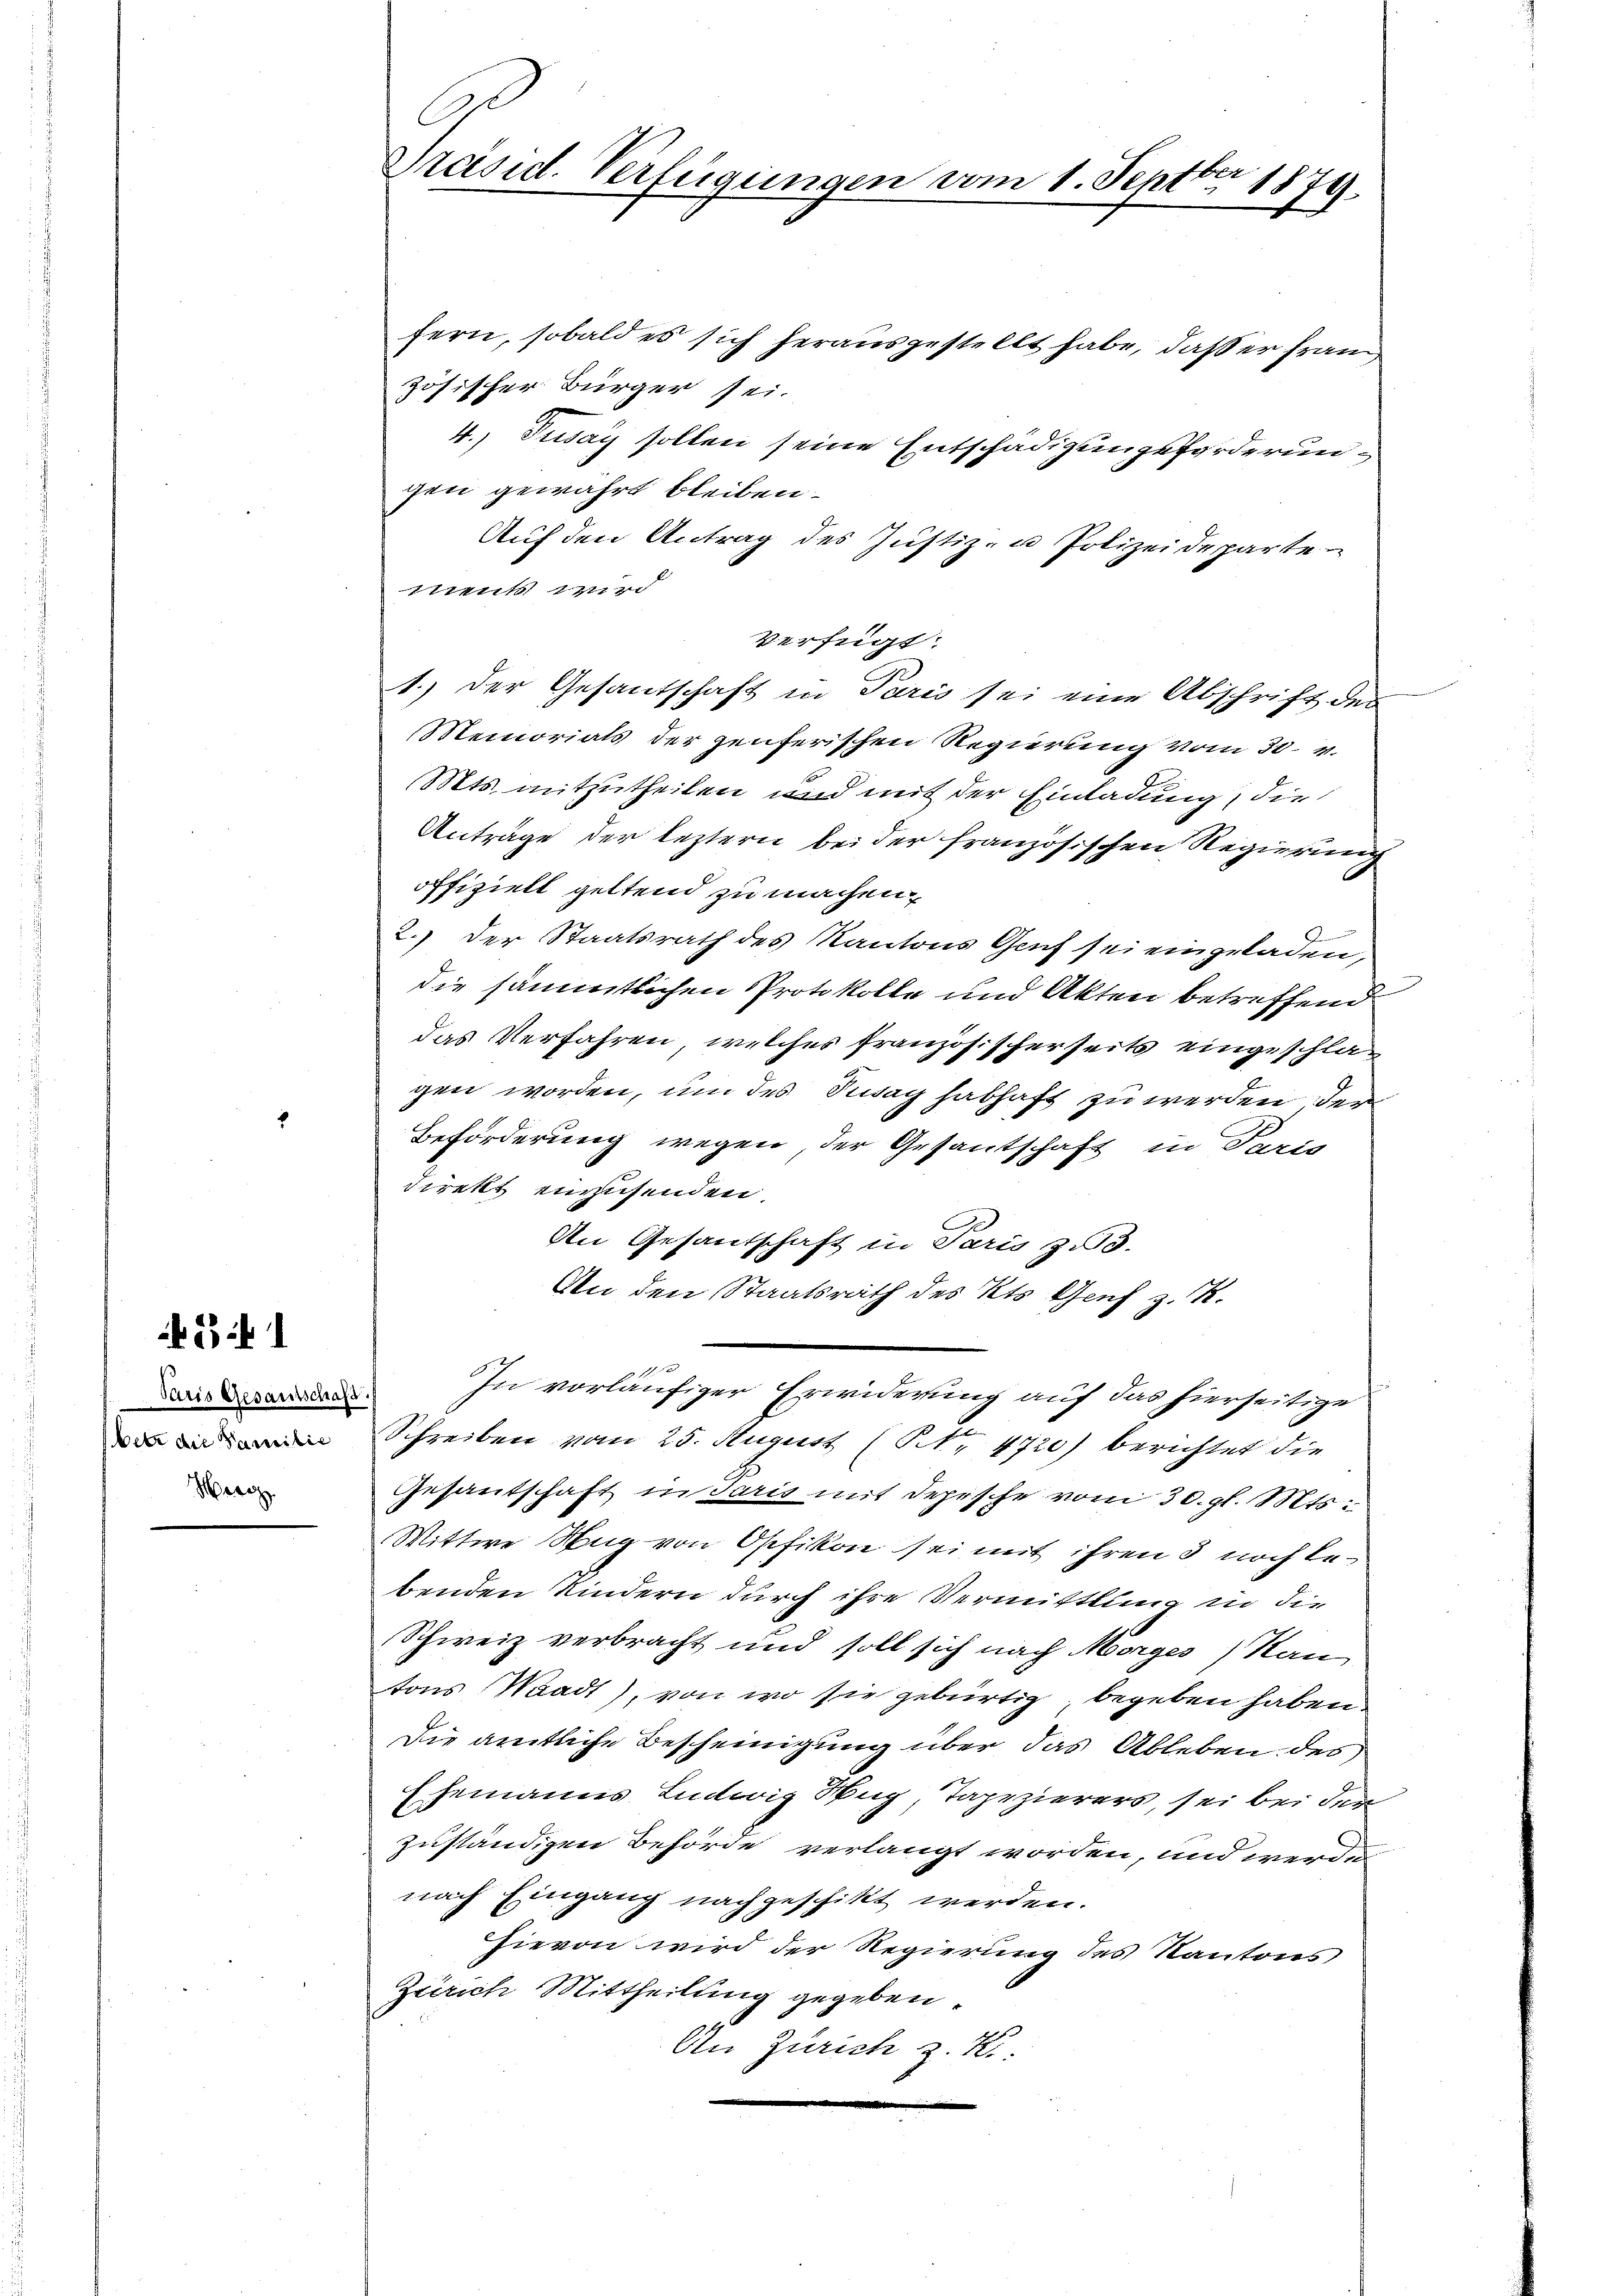
Paris Gesantschaft.
etr die Paritie
Herg

if. 2 f 1

C
Präsid. Verfügungen vom 1. Septbr 1879.

fern, sobald es sich herausgestellt habe, daß er frand
zösischer Bürger sei.
4., Pusay sollen seine Entschädigungeforderungen gewährt bleiben.
Auf den Antrag des Justiz- u Polizeideparte
pist wird
Verfügt:
1.) Der Gesantschaft in Paris sei eine Abschrift der
Memorials der zenferischen Regierung vom 30. v.
Mts. mitzutheilen und mit der Einladung, die
Antrage der leztern bei der französischen Regierung
offiziell geltend zu machen.
2.) Der Staatsrath des Kantons Genf sei eingeladen,
die sämmtlichen Protokolle und Akten betreffend
das Verfahren, welches französischerseits eingeschlagen worden, um des Sag habhaft zu werden der
Beförderung wegen der Gesantschaft in Ferie
direkt einzusenden,
An Gesantschaft in Paris zu 3.
An den Staatsrath des Kts. Genf z. K.
e
In vorläufiger Erwiderung auf das hierseitige
Schreiben vom 25. August (NNr 4720) berichtet die
Gesandtschaft in daris mit Depesche vom 30. gl. Mts.
Wittwe Rug von Opfikon sei mit ihren 3 noch bebenden Kindern durch ihre Vermittling in die
Schweiz verbracht und soll sich nach Morges Ran
tons Waadt), von wo sie gebürtig begeben haben
Die amtliche Bescheinigung über das Ableben des
Ehemanns Ludwig Hug, Tapezierers, sei bei der
zuständigen Behörde verlangt worden, und werde
nach Eingang nachgeschikt werden.
Hievon wird der Regierung des Kantons
Zürich Mittheilung gegeben
An Zürich z. B.